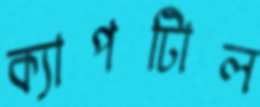
ক্যাপটািল